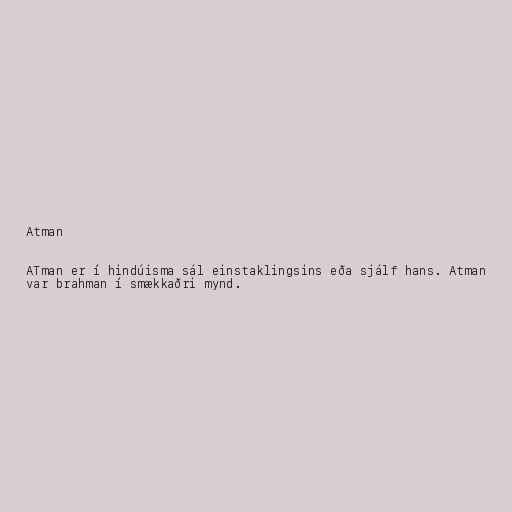
Atman

ATman er í hindúisma sál einstaklingsins eða sjálf hans. Atman
var brahman í smækkaðri mynd.